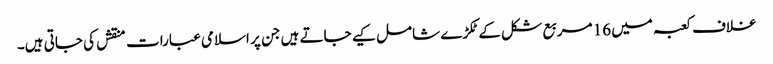
غلاف کعبہ میں 16 مربع شکل کےٹکڑے شامل کیے جاتے ہیں جن پر اسلامی عبارات منقش کی جاتی ہیں۔